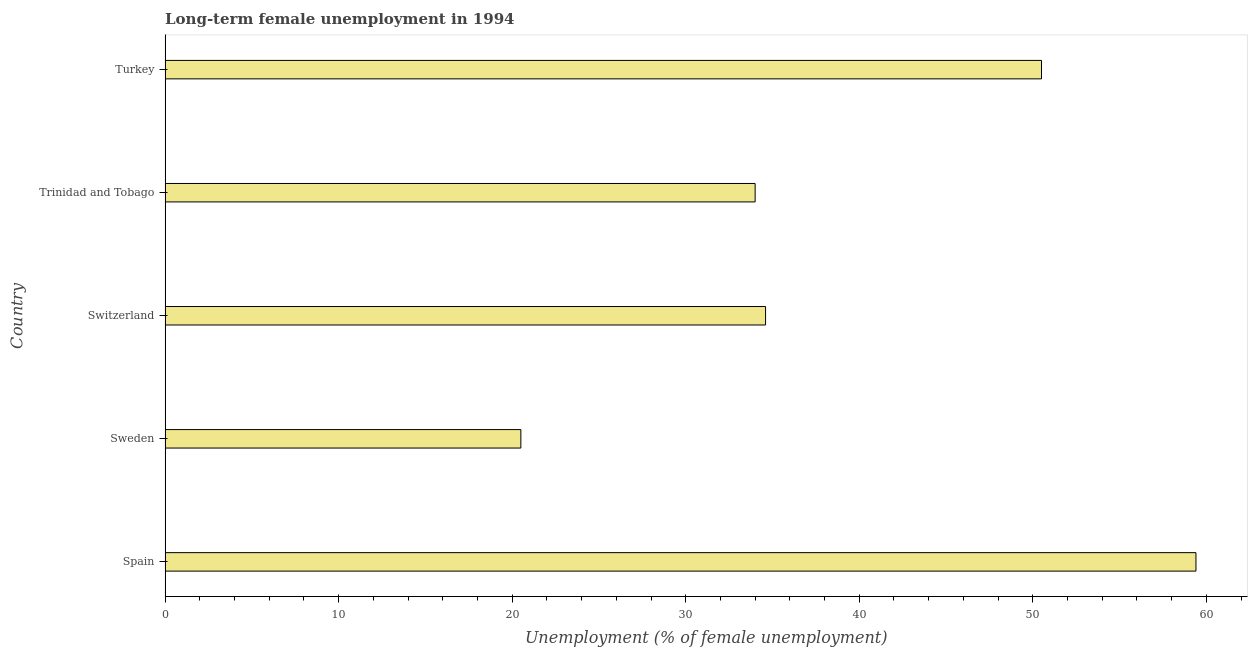
| Country | Long-term unemployment female |
 | --- | --- |
 | Spain | 59.4 |
 | Sweden | 20.5 |
 | Switzerland | 34.6 |
 | Trinidad and Tobago | 34 |
 | Turkey | 50.5 |